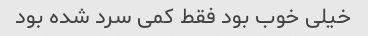
خیلی خوب بود فقط کمی سرد شده بود